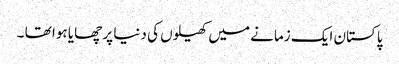
پاکستان ایک زمانے میں کھیلوں کی دنیا پر چھایا ہوا تھا ۔